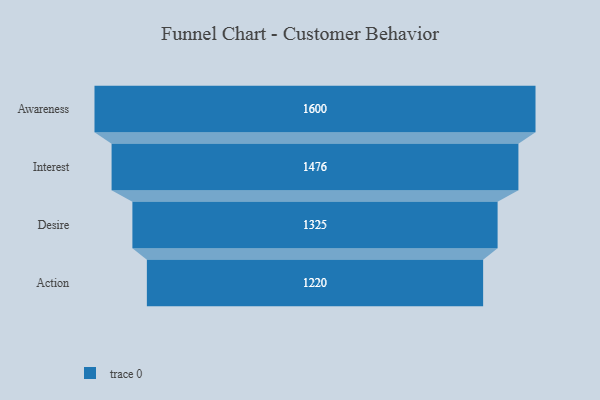
{"axis": {"x": "Stage", "y": "Value"}, "legend": [""], "data": [{"x": "Awareness", "y": 1600.0, "type": ""}, {"x": "Interest", "y": 1476.0, "type": ""}, {"x": "Desire", "y": 1325.0, "type": ""}, {"x": "Action", "y": 1220.0, "type": ""}]}